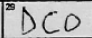
Transcription: DCO